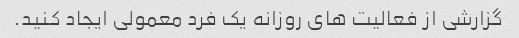
گزارشی از فعالیت های روزانه یک فرد معمولی ایجاد کنید.